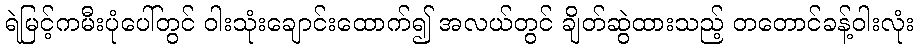
ရဲမြင့်ကမီးပုံပေါ်တွင် ဝါးသုံးချောင်းထောက်၍ အလယ်တွင် ချိတ်ဆွဲထားသည့် တတောင်ခန့်ဝါးလုံး